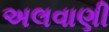
અલવાણી